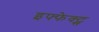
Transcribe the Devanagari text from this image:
इफ्फेक्ट्स